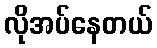
လိုအပ်နေတယ်